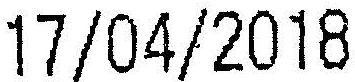
17/04/2018